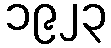
၁၉၂၃